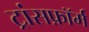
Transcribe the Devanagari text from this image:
ट्रांसफ़ॉर्म